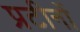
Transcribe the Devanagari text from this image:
प्रटीनों